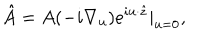
\hat { A } = A ( - i \nabla _ { u } ) e ^ { i u \cdot \hat { z } } | _ { u = 0 } ,